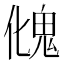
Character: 𩲏